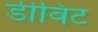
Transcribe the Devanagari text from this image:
डीविट